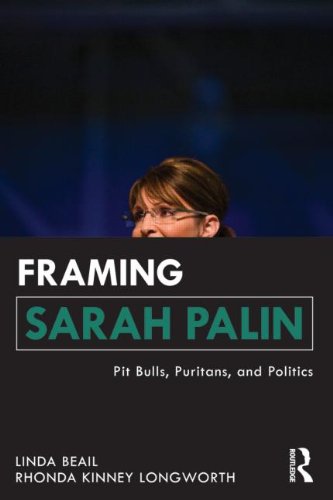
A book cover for Framing Sarah Palin: Pit Bulls, Puritans, and Politics; Linda Beail; Crafts, Hobbies & Home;